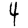
Digit: 4